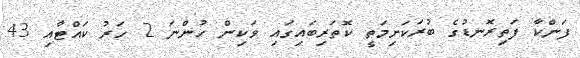
ފަންކާ ފަތިރޮނޑުގެ ބުރަކަށިމަތީ ކޮތަރިބައިގައި ވަކިން ހުންނަ 2 ހަރު ކައްޓާއި 43